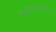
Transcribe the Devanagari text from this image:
मेथयिलपेनिसिलीन